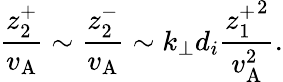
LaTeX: \frac{z_{2}^{+}}{v_{\mathrm{A}}}\sim\frac{z_{2}^{-}}{v_{\mathrm{A}}}\sim k_{\perp}d_{i}\frac{{z_{1}^{+}}^{2}}{v_{\mathrm{A}}^{2}}.